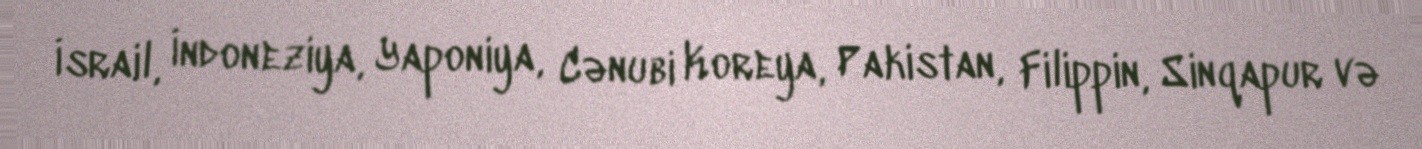
İsrail, İndoneziya, Yaponiya, Cənubi Koreya, Pakistan, Filippin, Sinqapur və